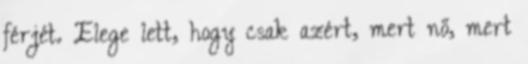
férjét. Elege lett, hogy csak azért, mert nő, mert